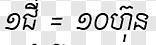
១ជី = ១០ហ៊ុន